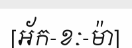
[អ័ក-ខៈ-ម៉ា]